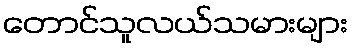
တောင်သူလယ်သမားများ